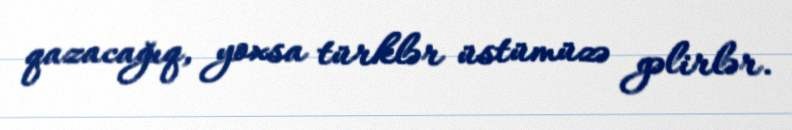
qazacağıq, yoxsa türklər üstümüzə gəlirlər.